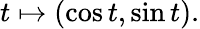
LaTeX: t\mapsto(\cos t,\sin t).